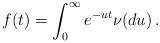
LaTeX: \begin{align*}f(t)=\int_0^\infty e^{-ut}\nu(du)\,.\end{align*}